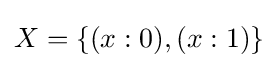
X=\{(x:0),(x:1)\}